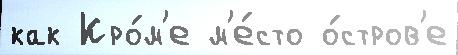
как Кро́м'е м'е́сто о́стров'е